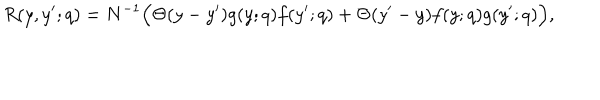
R ( y , y ^ { \prime } ; q ) = N ^ { - 1 } \Big ( \Theta ( y - y ^ { \prime } ) g ( y ; q ) f ( y ^ { \prime } ; q ) + \Theta ( y ^ { \prime } - y ) f ( y ; q ) g ( y ^ { \prime } ; q ) \Big ) ,